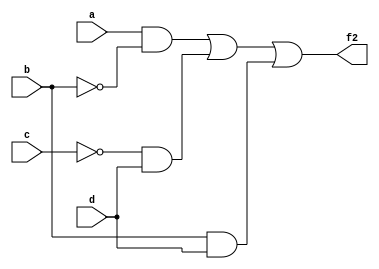
module ex1b (
	input a, b, c, d,
	output f2
);
	assign f2 = a&(~b) | (~c)&d | b&d;//write Verilog code here
endmodule

module ex1b_tb;
	reg a, b, c, d;
	wire f2;

	ex1b ex1b_i (.a(a), .b(b), .c(c), .d(d), .f2(f2));

	integer k;
	initial begin
		$display("Time\ta\tb\tc\td\tabcd_10\tf2");
		$monitor("%0t\t%b\t%b\t%b\t%b\t%0d\t%b", $time, a, b, c, d, {a,b,c,d}, f2);
		{a, b, c, d} = 0;
		for (k = 1; k < 16; k = k + 1)
			#10 {a, b, c, d} = k;
	end
endmodule